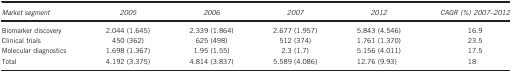
<table><thead><tr><td><b><i>Market segment</i></b></td><td><b><i>2005</i></b></td><td><b><i>2006</i></b></td><td><b><i>2007</i></b></td><td><b><i>2012</i></b></td><td><b><i>CAGR (%) 2007–2012</i></b></td></tr></thead><tbody><tr><td>Biomarker discovery</td><td>2.044 (1.645)</td><td>2.339 (1.864)</td><td>2.677 (1.957)</td><td>5.843 (4.546)</td><td>16.9</td></tr><tr><td>Clinical trials</td><td>450 (362)</td><td>625 (498)</td><td>512 (374)</td><td>1.761 (1.370)</td><td>23.5</td></tr><tr><td>Molecular diagnostics</td><td>1.698 (1.367)</td><td>1.95 (1.55)</td><td>2.3 (1.7)</td><td>5.156 (4.011)</td><td>17.5</td></tr><tr><td>Total</td><td>4.192 (3.375)</td><td>4.814 (3.837)</td><td>5.589 (4.086)</td><td>12.76 (9.93)</td><td>18</td></tr></tbody></table>